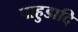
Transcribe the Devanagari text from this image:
पाहुडादि